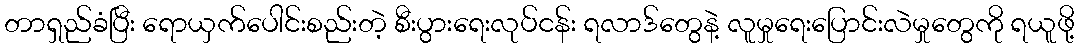
တာရှည်ခံပြီး ရောယှက်ပေါင်းစည်းတဲ့ စီးပွားရေးလုပ်ငန်း ရလာဒ်တွေနဲ့ လူမှုရေးပြောင်းလဲမှုတွေကို ရယူဖို့